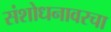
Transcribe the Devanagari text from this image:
संशोधनावरचा